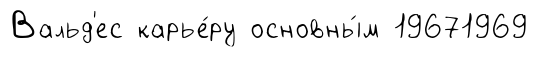
Вальд'ес карье́ру основны́м 19671969